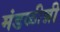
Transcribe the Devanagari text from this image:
मंडळीन्नी